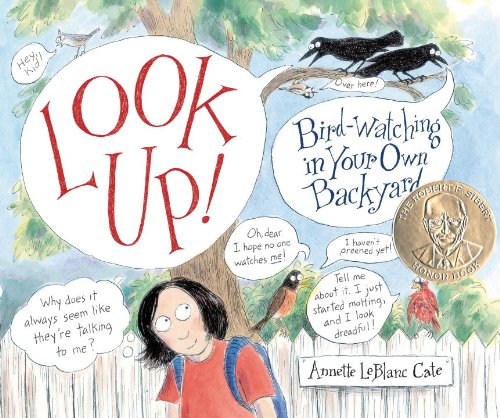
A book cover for Look Up!: Bird-Watching in Your Own Backyard (Robert F. Sibert Informational Honor Books); Annette LeBlanc Cate; Children's Books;